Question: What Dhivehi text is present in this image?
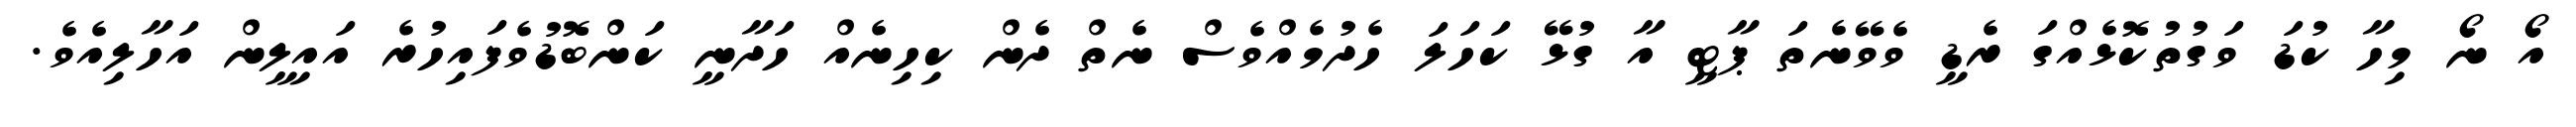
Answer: އޯ ނޯ މިހާ ކުޑަ ވަގުތުކޮޅެއްގަ ރެޑީ ވެވޭނެތަ ޕާޓީ އާ ގުޅޭ ކަހަލަ ހެދުމެއްވެސް ނެތް ދެން ކިހިނެއް ހަދާނީ ކަންބޮޑުވެފައިހުރެ އައިލީން އަހާލިއެވެ.